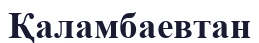
Қаламбаевтан